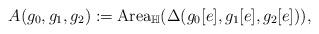
LaTeX: \begin{align*}A(g_0,g_1,g_2):={\rm Area}_{\mathbb{H}}(\Delta(g_0[e],g_1[e],g_2[e])),\end{align*}